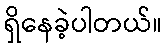
ရှိနေခဲ့ပါတယ်။